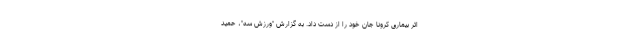
اثر بیماری کرونا جان خود را از دست داد. به گزارش "ورزش سه"، حمید